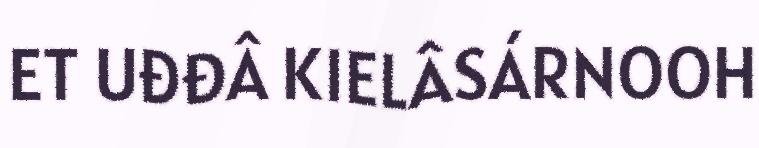
ET UĐĐÂ KIELÂSÁRNOOH